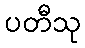
ပတီသု